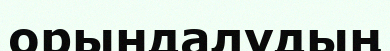
орындалудың